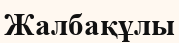
Жалбақұлы